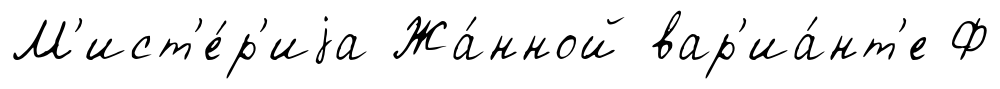
М'ист'е́р'иjа Жа́нной вар'иа́нт'е Ф